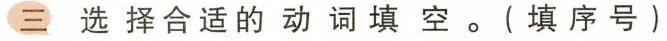
三选择合适的动词填空。(填序号)